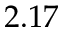
2 . 1 7